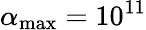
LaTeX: \alpha_{\mathrm{max}}=10^{11}